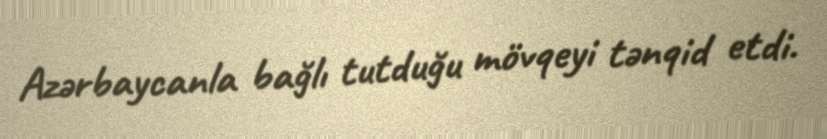
Azərbaycanla bağlı tutduğu mövqeyi tənqid etdi.